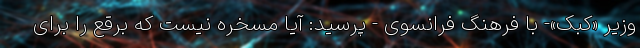
وزیر «کبک»- با فرهنگ فرانسوی - پرسید: آیا مسخره نیست که برقع را برای